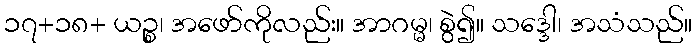
၁၇+၁၈+ ယဉ္စ၊ အဖော်ကိုလည်း။ အာဂမ္မ၊ စွဲ၍။ သဒ္ဒေါ၊ အသံသည်။